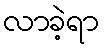
လာခဲ့ရာ